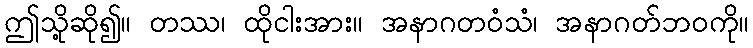
ဤသို့ဆို၍။ တဿ၊ ထိုငါးအား။ အနာဂတဝံသံ၊ အနာဂတ်ဘဝကို။